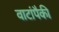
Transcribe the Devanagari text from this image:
वाटांपैकी